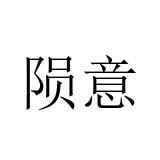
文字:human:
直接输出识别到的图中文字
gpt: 陨意